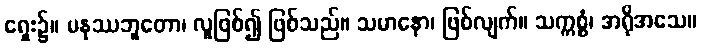
ရှေး၌။ မနုဿဘူတော၊ လူဖြစ်၍ ဖြစ်သည်။ သမာနော၊ ဖြစ်လျက်။ သက္ကစ္စံ၊ အရိုအသေ။